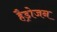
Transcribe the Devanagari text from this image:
हैड्रोजन